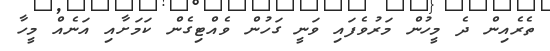
ތެރެއިން ދެ މީހުން މަރުވެފައި ވަނީ ގަހުން ވެއްޓިގެން ކަމަށާއި އަނެއް މީހާ